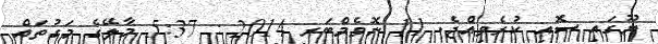
ޔޫގައި ސޮއި ކުރެވިއްޖެ. 11 ނޮވެމްބަރ 2014 : 5:37 މާލޭގެ މަގުތައް